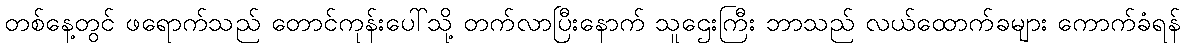
တစ်နေ့တွင် ဖရောက်သည် တောင်ကုန်းပေါ်သို့ တက်လာပြီးနောက် သူဌေးကြီး ဘာသည် လယ်ထောက်ခများ ကောက်ခံရန်